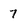
Character: 7